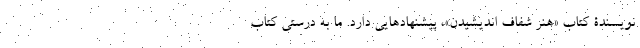
نویسندۀ کتاب «هنر شفاف اندیشیدن»، پیشنهادهایی دارد. ما به درستی کتاب